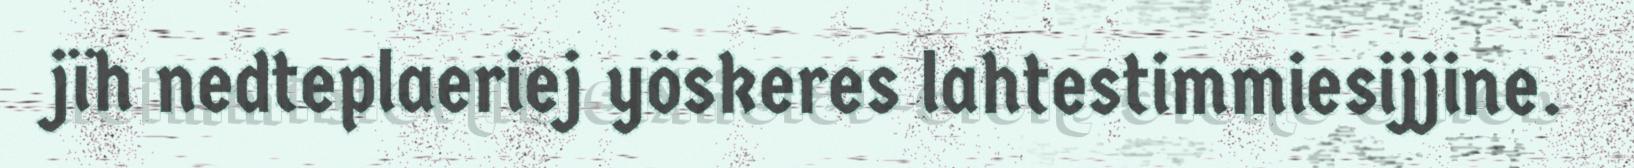
jïh nedteplaeriej yöskeres lahtestimmiesijjine.